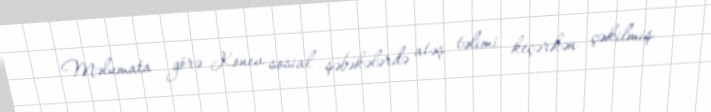
Məlumata görə Konev sosial şəbəkələrdə atəş təlimi keçərkən çəkilmiş